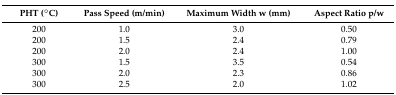
<table><thead><tr><td><b>PHT (°C)</b></td><td><b>Pass Speed (m/min)</b></td><td><b>Maximum Width w (mm)</b></td><td><b>Aspect Ratio p/w</b></td></tr></thead><tbody><tr><td>200</td><td>1.0</td><td>3.0</td><td>0.50</td></tr><tr><td>200</td><td>1.5</td><td>2.4</td><td>0.79</td></tr><tr><td>200</td><td>2.0</td><td>2.4</td><td>1.00</td></tr><tr><td>300</td><td>1.5</td><td>3.5</td><td>0.54</td></tr><tr><td>300</td><td>2.0</td><td>2.3</td><td>0.86</td></tr><tr><td>300</td><td>2.5</td><td>2.0</td><td>1.02</td></tr></tbody></table>